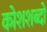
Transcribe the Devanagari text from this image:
कोशशब्दों